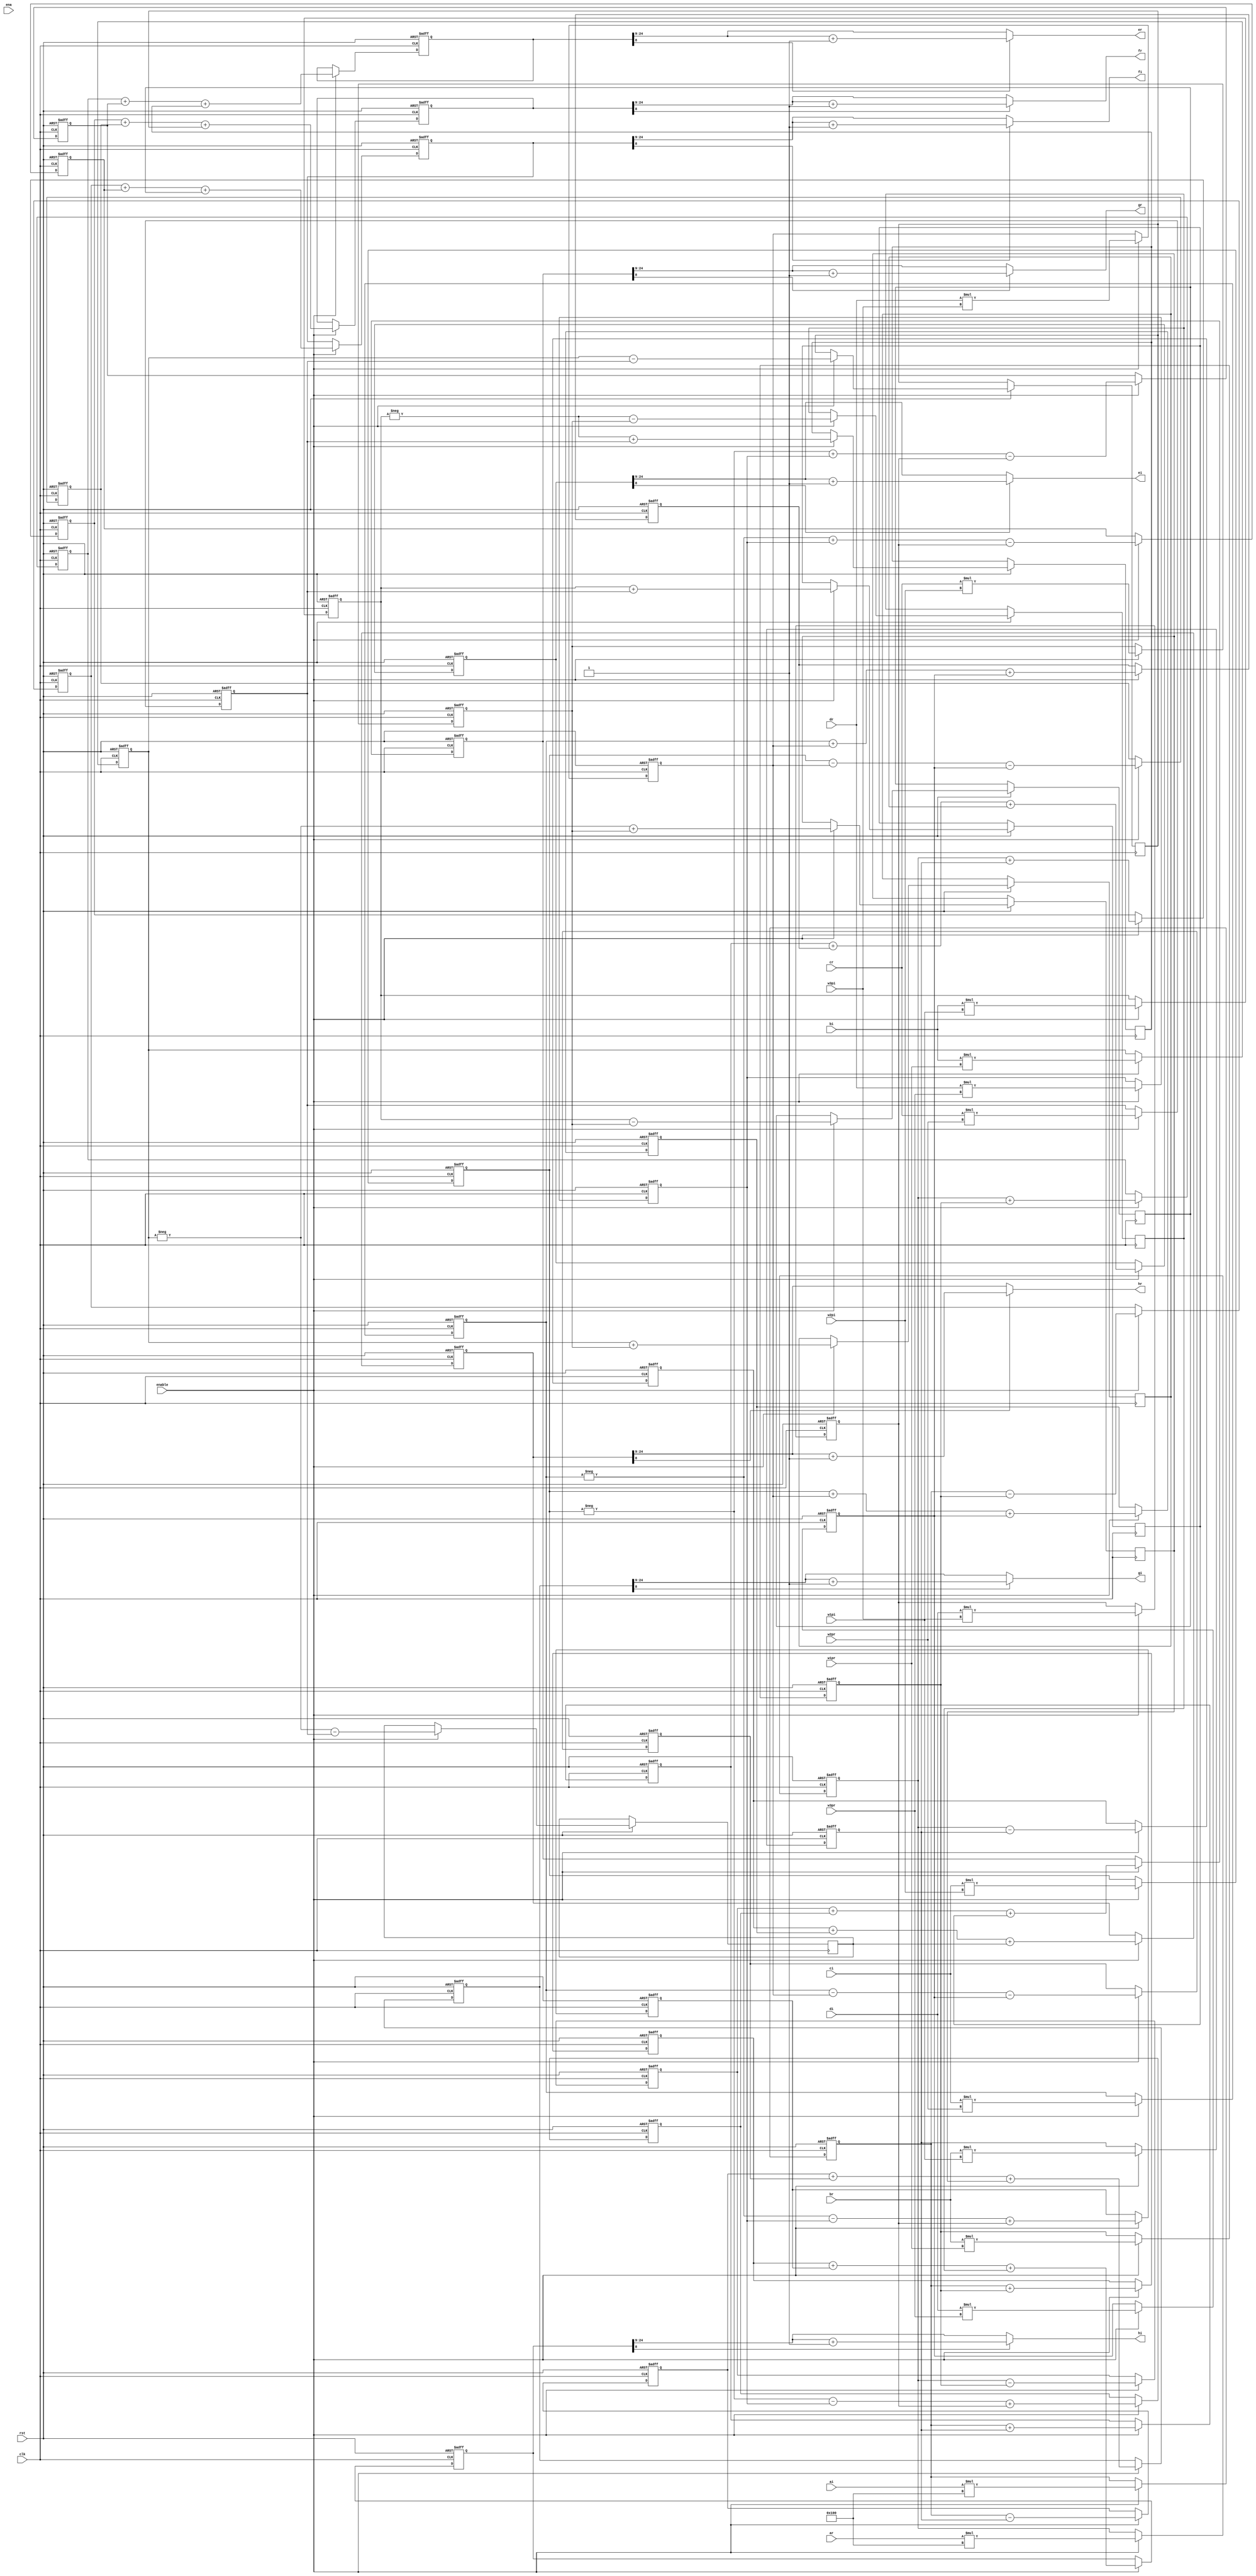
module b4_unit_david (
                      clk,
							 rst,
							 ena,
							 enable,
                      ar,ai,
                      br,bi,
                      cr,ci,
                      dr,di,
                      w1pr,w1pi,
                      w2pr,w2pi,
                      w3pr,w3pi,
                      er,ei,
                      fr,fi,
                      gr,gi,
                      hr,hi);
  
  parameter 
  WORDLENGTH_IO = 16,
  WORDLENGTH_WP = 9; //תӵĳ
  
  input clk;
  input rst;
  input enable;
  input ena;
  input [WORDLENGTH_IO-1:0] 
  ar,ai,
  br,bi,
  cr,ci,
  dr,di;
  input [WORDLENGTH_WP-1:0]
  w1pr,w1pi,
  w2pr,w2pi,                       
  w3pr,w3pi; 
  
  output [WORDLENGTH_IO-1:0]   
  er,ei,
  fr,fi,
  gr,gi,            
  hr,hi;
  
  reg [WORDLENGTH_IO+WORDLENGTH_WP-1:0] 
  arw0pr,aiw0pi,
  brw1pr,biw1pi,
  crw2pr,ciw2pi,
  drw3pr,diw3pi,
  brw1pi,biw1pr,
  crw2pi,ciw2pr,
  drw3pi,diw3pr;
 
  wire [WORDLENGTH_IO-1:0] 
  ar1,ai1,
  br1,bi1,
  cr1,ci1,
  dr1,di1;
  
  wire [WORDLENGTH_WP-1:0]
  w0pr, w0pi,
  w1pr1,w1pi1,
  w2pr1,w2pi1,                       
  w3pr1,w3pi1;
  
  reg [WORDLENGTH_IO+WORDLENGTH_WP-1:0]   
  mer,mei,
  mfr,mfi,
  mgr,mgi,            
  mhr,mhi;
  
  reg [WORDLENGTH_IO+WORDLENGTH_WP-1:0]   
  mer1,mei1,
  mfr1,mfi1,
  mgr1,mgi1,            
  mhr1,mhi1;
  
  reg [WORDLENGTH_IO+WORDLENGTH_WP-1:0]   
  mer2,mei2,
  mfr2,mfi2,
  mgr2,mgi2,            
  mhr2,mhi2;
  
  reg [WORDLENGTH_IO+WORDLENGTH_WP-1:0]   
  mer3,mei3,
  mfr3,mfi3,
  mgr3,mgi3,            
  mhr3,mhi3;

  /*
  assign ar1 = $signed(ar), w0pr = 256;
  assign ai1 = $signed(ai), w0pi = 256;
  assign br1 = $signed(br), bi1 = $signed(bi);
  assign cr1 = $signed(cr), ci1 = $signed(ci);
  assign dr1 = $signed(dr), di1 = $signed(di);
  assign w1pr1 = $signed(w1pr), w1pi1 = $signed(w1pi);
  assign w2pr1 = $signed(w2pr), w2pi1 = $signed(w2pi);                       
  assign w3pr1 = $signed(w3pr), w3pi1 = $signed(w3pi); 
  
  // $signed(ar)*256
  multiply mutl12(
  .clk(clk),
  .rst(rst),
  .a(ar1),
  .b(w0pr),
  .p(arw0pr)
  );  
  // $signed(ai)*256
  multiply mutl13(
  .clk(clk),
  .rst(rst),
  .a(ai1),
  .b(w0pi),
  .p(aiw0pi)
  );  
  // brw1pr <= $signed(br)*$signed(w1pr);
  multiply mutl0(
  .clk(clk),
  .rst(rst),
  .a(br1),
  .b(w1pr1),
  .p(brw1pr)
  );
  // biw1pi <= $signed(bi)*$signed(w1pi);
  multiply mutl1(
  .clk(clk),
  .rst(rst),
  .a(bi1),
  .b(w1pi1),
  .p(biw1pi)
  );
  // crw2pr <= $signed(cr)*$signed(w2pr);
  multiply mutl2(
  .clk(clk),
  .rst(rst),
  .a(cr1),
  .b(w2pr1),
  .p(crw2pr)
  );
  // ciw2pi <= $signed(ci)*$signed(w2pi);
  multiply mutl3(
  .clk(clk),
  .rst(rst),
  .a(ci1),
  .b(w2pi1),
  .p(ciw2pi)
  );
  // drw3pr <= $signed(dr)*$signed(w3pr);
  multiply mutl4(
  .clk(clk),
  .rst(rst),
  .a(dr1),
  .b(w3pr1),
  .p(drw3pr)
  );
  //	diw3pi <= $signed(di)*$signed(w3pi);
  multiply mutl5(
  .clk(clk),
  .rst(rst),
  .a(di1),
  .b(w3pi1),
  .p(diw3pi)
  );
  //   brw1pi <= $signed(br)*$signed(w1pi);
  multiply mutl6(
  .clk(clk),
  .rst(rst),
  .a(br1),
  .b(w1pi1),
  .p(brw1pi)
  );
  //	biw1pr <= $signed(bi)*$signed(w1pr);
  multiply mutl7(
  .clk(clk),
  .rst(rst),
  .a(bi1),
  .b(w1pr1),
  .p(biw1pr)
  );     
  //  crw2pi <= $signed(cr)*$signed(w2pi);
  multiply mutl8(
  .clk(clk),
  .rst(rst),
  .a(cr1),
  .b(w2pi1),
  .p(crw2pi)
  );
  //	ciw2pr <= $signed(ci)*$signed(w2pr);
  multiply mutl9(
  .clk(clk),
  .rst(rst),
  .a(ci1),
  .b(w2pr1),
  .p(ciw2pr)
  );
  //   drw3pi <= $signed(dr)*$signed(w3pi);
  multiply mutl10(
  .clk(clk),
  .rst(rst),
  .a(dr1),
  .b(w3pi1),
  .p(drw3pi)
  );
 //   diw3pr <= $signed(di)*$signed(w3pr);
  multiply mutl11(
  .clk(clk),
  .rst(rst),
  .a(di1),
  .b(w3pr1),
  .p(diw3pr)
  );  
 */
 
 always @(posedge clk or negedge rst)
  begin
   if(!rst)
    begin
	   arw0pr <= 0;aiw0pi <= 0;
	   brw1pr <= 0;biw1pi <= 0;
      crw2pr <= 0;ciw2pi <= 0;
      drw3pr <= 0;diw3pi <= 0;
	   brw1pi <= 0;biw1pr <= 0;
      crw2pi <= 0;ciw2pr <= 0;
      drw3pi <= 0;diw3pr <= 0;
	 end
	else if(enable==1)
	 begin
	   arw0pr <= $signed(ar)*256;
		aiw0pi <= $signed(ai)*256;
	   brw1pr <= $signed(br)*$signed(w1pr);
		biw1pi <= $signed(bi)*$signed(w1pi);
      crw2pr <= $signed(cr)*$signed(w2pr);
		ciw2pi <= $signed(ci)*$signed(w2pi);
      drw3pr <= $signed(dr)*$signed(w3pr);
		diw3pi <= $signed(di)*$signed(w3pi);
	   brw1pi <= $signed(br)*$signed(w1pi);
		biw1pr <= $signed(bi)*$signed(w1pr);
      crw2pi <= $signed(cr)*$signed(w2pi);
		ciw2pr <= $signed(ci)*$signed(w2pr);
      drw3pi <= $signed(dr)*$signed(w3pi);
		diw3pr <= $signed(di)*$signed(w3pr);
	end
end

always @(posedge clk or negedge rst)
begin
  if(!rst)
  begin
   	  mer1 <= 0; mer2 <= 0;
		  mei1 <= 0; mei2 <= 0;
        mfr1 <= 0; mfr2 <= 0;
		  mfi1 <= 0; mfi2 <= 0;
        mgr1 <= 0; mgr2 <= 0;
        mgi1 <= 0; mgi2 <= 0;
		  mhr1 <= 0; mhr2 <= 0;
        mhi1 <= 0; mhi2 <= 0;	  

  end
  else if(enable==1)
  begin

       mer1 <= $signed(arw0pr)+$signed(brw1pr);
		 mer3 <= -$signed(biw1pi)+$signed(crw2pr);
		 mer2 <= -$signed(ciw2pi)+$signed(drw3pr)-$signed(diw3pi);
		 
       mei1 <= $signed(aiw0pi)+$signed(brw1pi);
		 mei3 <= $signed(biw1pr)+$signed(crw2pi);
		 mei2 <= $signed(ciw2pr)+$signed(drw3pi)+$signed(diw3pr);
		 
	    mfr1 <= $signed(arw0pr)+$signed(brw1pi);
		 mfr3 <= $signed(biw1pr)-$signed(crw2pr);
		 mfr2 <= $signed(ciw2pi)-$signed(drw3pi)-$signed(diw3pr); //ԭ+crw2pr+ciw2pi
		 
       mfi1 <= $signed(aiw0pi)-$signed(brw1pr);
		 mfi3 <= $signed(biw1pi)-$signed(crw2pi);
		 mfi2 <= -$signed(ciw2pr)+$signed(drw3pr)-$signed(diw3pi);
	    
		 mgr1 <= $signed(arw0pr)-$signed(brw1pr);
		 mgr3 <= $signed(biw1pi)+$signed(crw2pr);
		 mgr2 <= -$signed(ciw2pi)-$signed(drw3pr)+$signed(diw3pi);
     
    	 mgi1 <= $signed(aiw0pi)-$signed(brw1pi);
		 mgi3 <= -$signed(biw1pr)+$signed(crw2pi);
		 mgi2 <= $signed(ciw2pr)-$signed(drw3pi)-$signed(diw3pr);
	    
		 mhr1 <= $signed(arw0pr)-$signed(brw1pi);
		 mhr3 <= -$signed(biw1pr)-$signed(crw2pr);
		 mhr2 <= $signed(ciw2pi)+$signed(drw3pi)+$signed(diw3pr); //ԭ+crw2pr+ciw2pi
       
		 mhi1 <= $signed(aiw0pi)+$signed(brw1pr);
		 mhi3 <= -$signed(biw1pi)-$signed(crw2pi);
		 mhi2 <= -$signed(ciw2pr)-$signed(drw3pr)+$signed(diw3pi);
  end
end

 always @(posedge clk or negedge rst)
 begin
   if(!rst)
	begin
	   mer <= 0; mei <= 0;
	   mfr <= 0; mfi <= 0;
	   mgr <= 0; mgi <= 0;
	   mhr <= 0; mhi <= 0; 
	end
	else if(enable == 1)
	 begin
	    mer <= $signed(mer1)+$signed(mer2)+$signed(mer3);
	    mei <= $signed(mei1)+$signed(mei2)+$signed(mei3);
	    mfr <= $signed(mfr1)+$signed(mfr2)+$signed(mfr3);
	    mfi <= $signed(mfi1)+$signed(mfi2)+$signed(mfi3);
	    mgr <= $signed(mgr1)+$signed(mgr2)+$signed(mgr3);
	    mgi <= $signed(mgi1)+$signed(mgi2)+$signed(mgi3);
	    mhr <= $signed(mhr1)+$signed(mhr2)+$signed(mhr3);
	    mhi <= $signed(mhi1)+$signed(mhi2)+$signed(mhi3); 
	 end
 end
 

  //
  	 assign er = (mer[WORDLENGTH_WP-1])?{1'b0,(mer>>WORDLENGTH_WP)+1}:{1'b0,(mer>>WORDLENGTH_WP)};
    assign ei = (mei[WORDLENGTH_WP-1])?{1'b0,(mei>>WORDLENGTH_WP)+1}:{1'b0,(mei>>WORDLENGTH_WP)};
	 assign fr = (mfr[WORDLENGTH_WP-1])?{1'b0,(mfr>>WORDLENGTH_WP)+1}:{1'b0,(mfr>>WORDLENGTH_WP)};
	 assign fi = (mfi[WORDLENGTH_WP-1])?{1'b0,(mfi>>WORDLENGTH_WP)+1}:{1'b0,(mfi>>WORDLENGTH_WP)};
	 assign gr = (mgr[WORDLENGTH_WP-1])?{1'b0,(mgr>>WORDLENGTH_WP)+1}:{1'b0,(mgr>>WORDLENGTH_WP)};
	 assign gi = (mgi[WORDLENGTH_WP-1])?{1'b0,(mgi>>WORDLENGTH_WP)+1}:{1'b0,(mgi>>WORDLENGTH_WP)};
	 assign hr = (mhr[WORDLENGTH_WP-1])?{1'b0,(mhr>>WORDLENGTH_WP)+1}:{1'b0,(mhr>>WORDLENGTH_WP)};
	 assign hi = (mhi[WORDLENGTH_WP-1])?{1'b0,(mhi>>WORDLENGTH_WP)+1}:{1'b0,(mhi>>WORDLENGTH_WP)}; 
  
endmodule